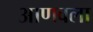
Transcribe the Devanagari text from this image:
आणवला